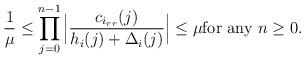
LaTeX: \begin{align*}\frac{1}{\mu}\leq \prod\limits_{j=0}^{n-1}\Big|\frac{c_{i_{rr}}(j)}{h_{i}(j)+\Delta_{i}(j)}\Big|\leq \mu \textnormal{for any $n\geq 0$}.\end{align*}